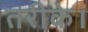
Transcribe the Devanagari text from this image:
तरीके।